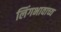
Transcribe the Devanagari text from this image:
लिंगभावाच्य